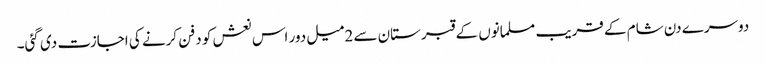
دوسرے دن شام کے قریب مسلمانوں کے قبرستان سے 2میل دور اس نعش کو دفن کرنے کی اجازت دی گئی۔